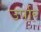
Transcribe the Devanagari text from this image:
उर्पार